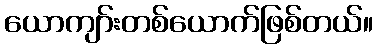
ယောကျာ်းတစ်ယောက်ဖြစ်တယ်။